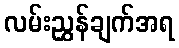
လမ်းညွှန်ချက်အရ